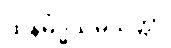
ထိနမိဒ္ဓသမ္ပယုတ္တာ